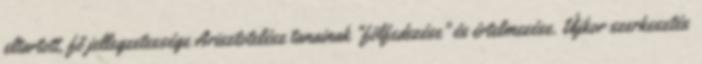
eltartott, fő jellegzetessége Arisztotelész tanainak "fölfedezése" és értelmezése. Újkor szerkesztés